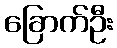
ခြောက်ဦး